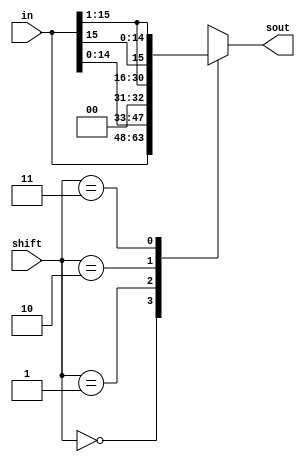
module shifter(in,shift,sout);
  input [15:0] in;
  input [1:0] shift;
  output [15:0] sout;
  
  reg [15:0] result;
  assign sout = result;
  
  always @(*) begin
    case (shift)
	   2'b00: result = in;
		2'b01: result = {in[14:0], 1'b0};
		2'b10: result = {1'b0, in[15:1]};
		2'b11: result = {in[15], in[15:1]};
		default: result = 16'bxxxx_xxxx_xxxx_xxxx;
    endcase
  end
  
endmodule